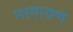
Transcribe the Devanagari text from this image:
नागायण